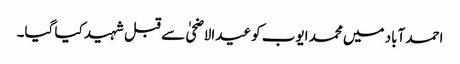
احمد آباد میں محمد ایوب کو عیدالاضحیٰ سے قبل شہید کیا گیا۔